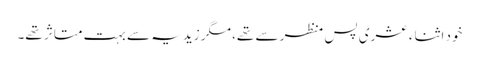
خود اثناء عشری پس منظر سے تھے، مگر زیدیہ سے بہت متاثر تھے۔